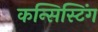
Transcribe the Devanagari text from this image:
कन्सिस्टिंग